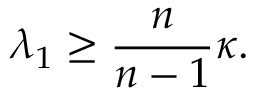
\lambda _ { 1 } \geq { \frac { n } { n - 1 } } \kappa .